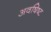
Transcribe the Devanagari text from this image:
अवषिष्ट